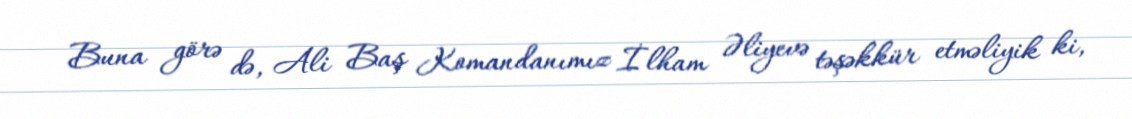
Buna görə də, Ali Baş Komandanımız İlham Əliyevə təşəkkür etməliyik ki,